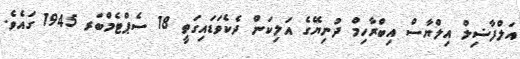
އަލްފާޟިލް އިލްޔާސް އިބްރާހިމް ދުނިޔޭގެ އަލިކަން ދެކެވަޑައިގަތީ 18 ސެޕްްޓެމްބަރ 1945 ގައެވެ.